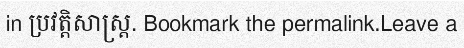
in ប្រវត្តិសាស្ត្រ. Bookmark the permalink.Leave a